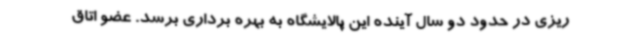
ریزی در حدود دو سال آینده این پالایشگاه به بهره برداری برسد. عضو اتاق